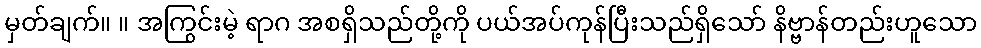
မှတ်ချက်။ ။ အကြွင်းမဲ့ ရာဂ အစရှိသည်တို့ကို ပယ်အပ်ကုန်ပြီးသည်ရှိသော် နိဗ္ဗာန်တည်းဟူသော